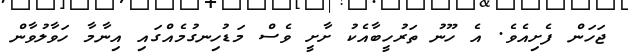
ޖަހަން ފެށިއެވެ. އެ ހޫނު ތަރުހީބާއެކު ށާށީ ވެސް މަޑުހިނގުމެއްގައި އިނާމާ ހަވާލުވާން